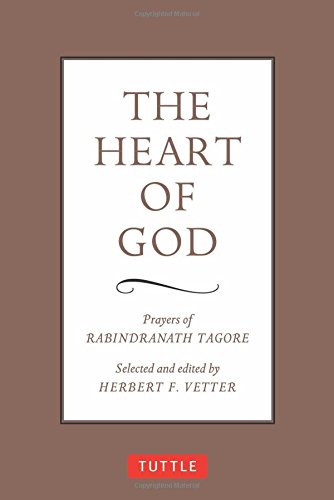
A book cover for The Heart of God: Prayers of Rabindranath Tagore; Rabindranath Tagore; Religion & Spirituality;